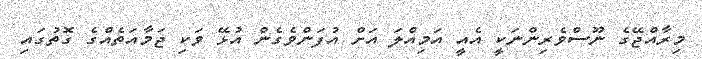
މިރާއްޖޭގެ ނޫސްވެރިންނަކީ އެއީ އަމިއްލަ އަށް އުފަންވެގެން އުޅޭ ވަކި ޖަމާއަތެއްގެ ގޮތުގައި